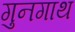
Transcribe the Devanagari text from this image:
गुनगाथ